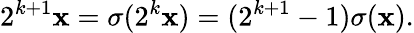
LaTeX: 2^{k+1}\mathbf{x}=\sigma(2^{k}\mathbf{x})=(2^{k+1}-1)\sigma(\mathbf{x}).